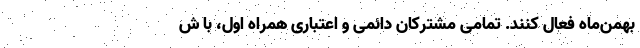
بهمن‌ماه فعال کنند. تمامی مشترکان دائمی و اعتباری همراه اول، با ش